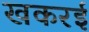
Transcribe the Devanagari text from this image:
खकरई